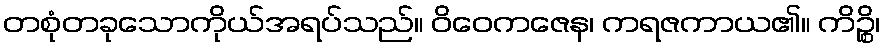
တစုံတခုသောကိုယ်အရပ်သည်။ ဝိဝေကဇေန၊ ကရဇကာယ၏။ ကိဉ္စိ၊